Report on sanitation, dispensaries, and jails in Rajputana for 1918, and on vaccination for the year 1918-1919 - 1918-1919
Year: 1918
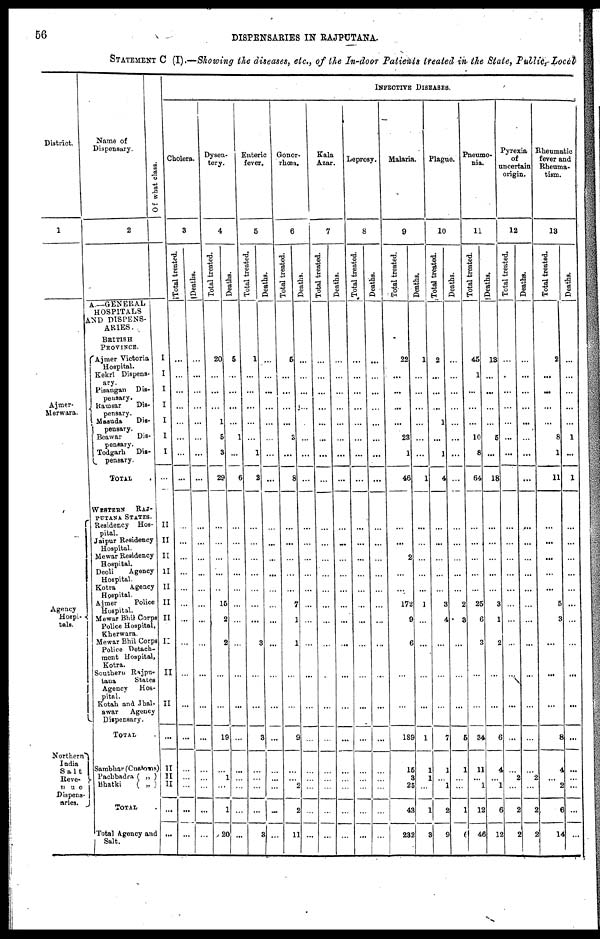
56
DISPENSARIES IN RAJPUTANA.
STATEMENT C (I).—Showing the diseases, etc., of the In-door Patients treated in the State, Public, Local
District.
1
Ajmer-
Merwara.
Agency
Hospi-
tals.
Northern
India
Salt
Reve¬
nue
Dispens-
aries.
Name of
Dispensary.
2
A.—GENERAL
HOSPITALS
AND DISPENS-
ARIES .
BRITISH
PROVINCE.
Ajmer Victoria
Hospital.
Kekri Dispens-
ary.
Pisangan Dis-
pensary.
Kamsar
Dis¬
pensary.
Masuda
Dis¬
pensary.
Beawar
Dis¬
pensary.
Todgarh Dis¬
pensary.
TOTAL
WESTERN
RAJ¬
PUTANA STATES.
Residency Hos-
pital.
Jaipur Residency
Hospital.
Mewar Residency
Hospital.
Deoli
Agency
Hospital
Kotra
Agency
Hospital.
Ajmer
Police
Hospital.
Mewar Bhil Corps
Police Hospital,
Kherwara.
Mewar Bhil Corps
Police Detach-
ment Hospital,
Kotra.
Southern Rajpu¬
tana
States
Agency Hos¬
pital.
Kotah and Jhal¬
awar
Agency
Dispensary.
TOTAL .
Sambhar (Customs)
Pachbadra ( „ )
Bhatki
( „ )
TOTAL .
Total Agency and
Salt.
Of what class.
I
I
I
I
I
I
I
...
II
II
II
II
II
II
II
II
II
II
...
II
II
II
...
...
INFECTIVE DISEASES.
Cholera.
3
Total treated.
...
...
...
...
...
...
...
...
...
...
...
...
...
...
...
...
...
...
...
...
...
...
...
...
Deaths.
...
...
...
...
...
...
...
...
...
...
...
...
...
...
...
...
...
...
...
...
...
...
...
...
Dysen¬
tery.
4
Total treated.
20
...
...
...
1
5
...
29
...
...
...
...
...
15
2
2
...
...
19
...
1
...
1
20
Deaths.
5
...
...
...
...
1
3
6
...
...
...
...
...
...
...
...
...
...
...
...
...
...
...
...
Enteric
fever.
5
Total treated.
1
...
...
...
...
...
...
2
...
...
...
...
...
...
...
3
...
...
3
...
...
...
...
3
Deaths.
...
...
...
...
...
...
1
...
...
...
...
...
...
...
...
...
...
...
...
...
...
...
...
...
Gonor-
rhœa.
6
Total treated.
5
...
...
...
...
3
...
8
...
...
...
...
...
7
1
1
...
...
9
...
...
2
2
11
Deaths.
...
...
...
...
...
...
...
...
...
...
...
...
...
...
...
...
...
...
...
...
...
...
...
...
Kala
Azar.
7
Total treated.
...
...
...
...
...
...
...
...
...
...
...
...
...
...
...
...
...
...
...
...
...
...
...
...
Deaths.
...
...
...
...
...
...
...
...
...
...
...
...
...
...
...
...
...
...
...
...
...
...
...
...
Leprosy.
8
Total treated.
...
...
...
...
...
...
...
...
...
...
...
...
...
...
...
...
...
...
...
...
...
...
...
...
Deaths.
...
...
...
...
...
...
...
...
...
...
...
...
...
...
...
...
...
...
...
...
...
...
...
...
Malaria.
9
Total treated.
22
...
...
...
...
23
1
46
...
...
2
...
...
172
9
6
...
...
189
15
3
25
43
232
Deaths.
1
...
...
...
...
...
...
1
...
...
...
...
...
1
...
...
...
...
1
1
1
...
1
3
Plague.
10
Total treated.
2
...
...
...
1
...
1
4
...
...
...
...
...
3
4
...
...
...
7
1
...
1
2
9
Deaths.
...
...
...
...
...
...
...
...
...
...
...
...
...
2
3
...
...
...
5
1
...
...
1
6
Pneumo-
nia.
11
Total treated.
45
1
...
...
...
10
8
64
...
...
...
...
...
25
6
3
...
...
34
11
...
1
12
46
Deaths.
13
...
...
...
...
5
...
18
...
...
...
...
...
3
1
2
...
...
6
4
...
1
6
12
Pyrexia
of
uncertain
origin.
12
Total treated.
...
...
...
...
...
...
...
...
...
...
...
...
...
...
...
...
...
...
...
...
2
...
2
2
Deaths.
...
...
...
...
...
...
...
...
...
...
...
...
...
...
...
...
...
...
...
...
2
...
2
2
Rheumatic
fever and
Rheuma-
tism.
13
Total treated.
2
...
...
...
...
8
1
11
...
...
...
...
...
5
3
...
...
...
8
4
...
2
6
14
Deaths.
...
...
...
...
...
1
...
1
...
...
...
...
...
...
...
...
...
...
...
...
...
...
...
...